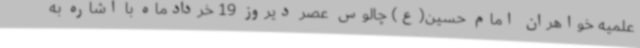
علمیه خواهران امام حسین(ع) چالوس عصر دیروز 19 خردادماه با اشاره به